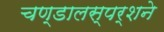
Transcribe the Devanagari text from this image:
चण्डालस्पर्शने